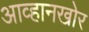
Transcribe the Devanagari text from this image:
आव्हानखोर